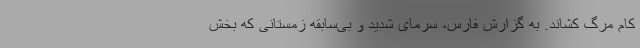
کام مرگ کشاند. به گزارش فارس، سرمای شدید و بی‌سابقه زمستانی که بخش